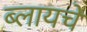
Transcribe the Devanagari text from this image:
ब्लायचे